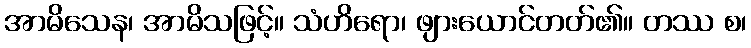
အာမိသေန၊ အာမိသဖြင့်။ သံဟိရော၊ ဖျားယောင်တတ်၏။ တဿ စ၊